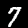
Digit: 7